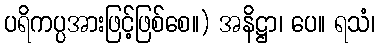
ပရိကပ္ပအားဖြင့်ဖြစ်စေ။) အနိဋ္ဌာ၊ ပေ။ ရသံ၊